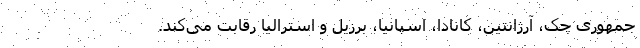
جمهوری چک، آرژانتین، کانادا، اسپانیا، برزیل و استرالیا رقابت می‌کند.